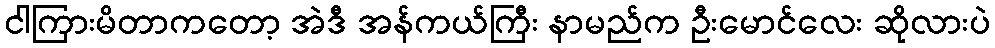
ငါကြားမိတာကတော့ အဲဒီ အန်ကယ်ကြီး နာမည်က ဦးမောင်လေး ဆိုလားပဲ